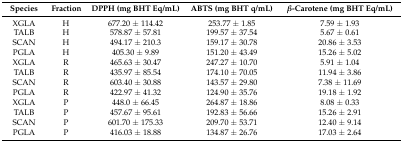
<table><thead><tr><td><b>Species</b></td><td><b>Fraction</b></td><td><b>DPPH (mg BHT Eq/mL)</b></td><td><b>ABTS (mg BHT q/mL)</b></td><td><b><i>β</i>-Carotene (mg BHT Eq/mL)</b></td></tr></thead><tbody><tr><td>XGLA</td><td>H</td><td>677.20 ± 114.42</td><td>253.77 ± 1.85</td><td>7.59 ± 1.93</td></tr><tr><td>TALB</td><td>H</td><td>578.87 ± 57.81</td><td>199.57 ± 37.54</td><td>5.67 ± 0.61</td></tr><tr><td>SCAN</td><td>H</td><td>494.17 ± 210.3</td><td>159.17 ± 30.78</td><td>20.86 ± 3.53</td></tr><tr><td>PGLA</td><td>H</td><td>405.30 ± 9.89</td><td>151.20 ± 43.49</td><td>15.26 ± 5.02</td></tr><tr><td>XGLA</td><td>R</td><td>465.63 ± 30.47</td><td>247.27 ± 10.70</td><td>5.91 ± 1.04</td></tr><tr><td>TALB</td><td>R</td><td>435.97 ± 85.54</td><td>174.10 ± 70.05</td><td>11.94 ± 3.86</td></tr><tr><td>SCAN</td><td>R</td><td>603.40 ± 30.88</td><td>143.57 ± 29.80</td><td>7.38 ± 11.69</td></tr><tr><td>PGLA</td><td>R</td><td>422.97 ± 41.32</td><td>124.90 ± 35.76</td><td>19.18 ± 1.92</td></tr><tr><td>XGLA</td><td>P</td><td>448.0 ± 66.45</td><td>264.87 ± 18.86</td><td>8.08 ± 0.33</td></tr><tr><td>TALB</td><td>P</td><td>457.67 ± 95.61</td><td>192.83 ± 56.66</td><td>15.26 ± 2.91</td></tr><tr><td>SCAN</td><td>P</td><td>601.70 ± 175.33</td><td>209.70 ± 53.71</td><td>12.40 ± 9.14</td></tr><tr><td>PGLA</td><td>P</td><td>416.03 ± 18.88</td><td>134.87 ± 26.76</td><td>17.03 ± 2.64</td></tr></tbody></table>